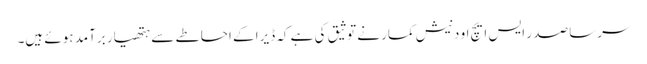
سرسا صد ر ایس ایچ او دنیش کمار نے توثیق کی ہے کہ ڈیرا کے احاطے سے ہتھیار برآمد ہوئے ہیں۔